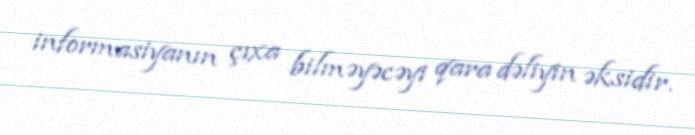
informasiyanın çıxa bilməyəcəyi qara dəliyin əksidir.